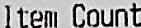
ITEM COUNT